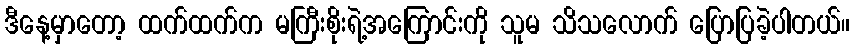
ဒီနေ့မှာတော့ ထက်ထက်က မကြီးစိုးရဲ့အကြောင်းကို သူမ သိသလောက် ပြောပြခဲ့ပါတယ်။